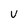
Character: U